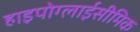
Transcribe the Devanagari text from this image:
हाइपोग्लाईसीमिक